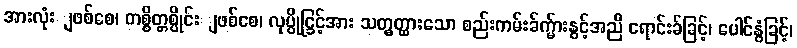
အားလုံးျဖစ်စေ၊ တစ္စိတ္တစ္ပိုင်းျဖစ်စေ၊ လုပ္ပိုင္ခြင့်အား သတ္မွတ္ထားသော စည်းကမ်းခ်က္မ်ားနွင့်အညီ ရောင်းခ်ခြင့်၊ ပေါင်နွံခြင့်၊